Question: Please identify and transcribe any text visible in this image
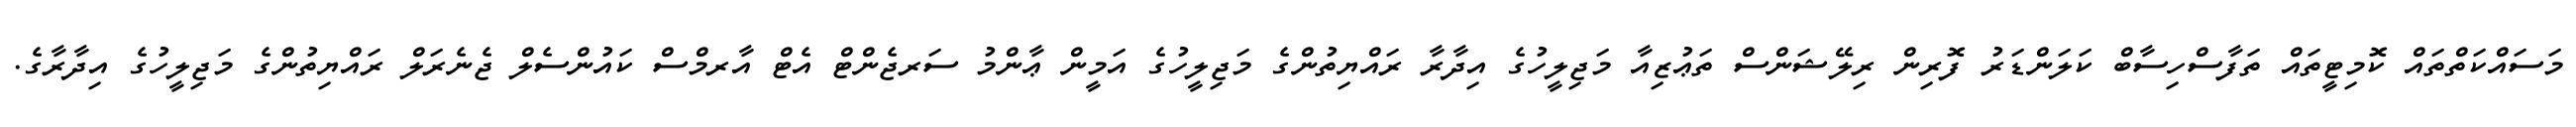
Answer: މަސައްކަތްތައް ކޮމިޓީތައް ތަފާސްހިސާބް ކަލަންޑަރު ފޮރިން ރިލޭޝަންސް ތަޢުޒިއާ މަޖިލީހުގެ އިދާރާ ރައްޔިތުންގެ މަޖިލީހުގެ އަމީން ޢާންމު ސަރޖެންޓް އެޓް އާރމްސް ކައުންސެލް ޖެނެރަލް ރައްޔިތުންގެ މަޖިލީހުގެ އިދާރާގެ.